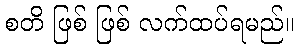
စတိ ဖြစ် ဖြစ် လက်ထပ်ရမည်။